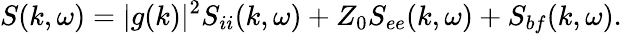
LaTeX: S(k,\omega)=|g(k)|^{2}S_{ii}(k,\omega)+Z_{0}S_{ee}(k,\omega)+S_{bf}(k,\omega).